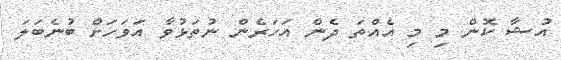
އުޝާ ކޮން މި މި އެއްތަ ދެން އަހަރެން ނުތަޅުވާ އަވަހަށް ބުނެބަލަ